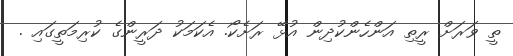
ތީ ވަރަށް ރީތި އަންހެންކުދިން އުޅޭ ރަށެކޯ. އެކަމަކު ދަރީންގެ ކުރިމަތީގައި .